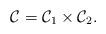
LaTeX: \begin{align*}\mathcal C=\mathcal{C}_{1} \times \mathcal{C}_{2}.\end{align*}